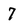
Character: 7